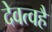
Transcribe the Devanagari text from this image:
देवत्वहै